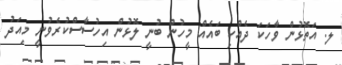
ލ. އަތޮޅުން ވާހަކަ ދެއްކި ބައެއް މީހުން ބުނީ ލޮޅުން އިހުސާސްކުރެވުނީ މިއަދު